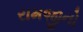
રામજીનો